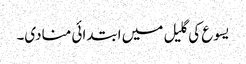
یسوع کی گلیل میں ابتدائی منادی۔